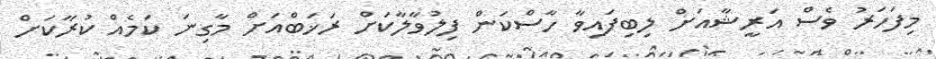
މިފަހަރު ވެސް އަރީޝާއަށް ލިބިފައިވާ ހާސްކަން ފިލުވާލާކަށް ރަޚަބްއަށް މާގިނަ ކަމެއް ކުރާކަށް